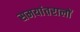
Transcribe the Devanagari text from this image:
समयांतरालों